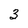
Character: 3